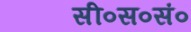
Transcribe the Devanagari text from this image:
सी०स०सं०